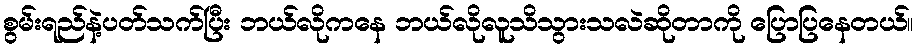
စွမ်းရည်နဲ့ပတ်သက်ပြီး ဘယ်လိုကနေ ဘယ်လိုလူသိသွားသလဲဆိုတာကို ပြောပြနေတယ်။